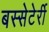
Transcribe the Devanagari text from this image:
बस्सेटेर्री